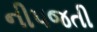
નીપજતી